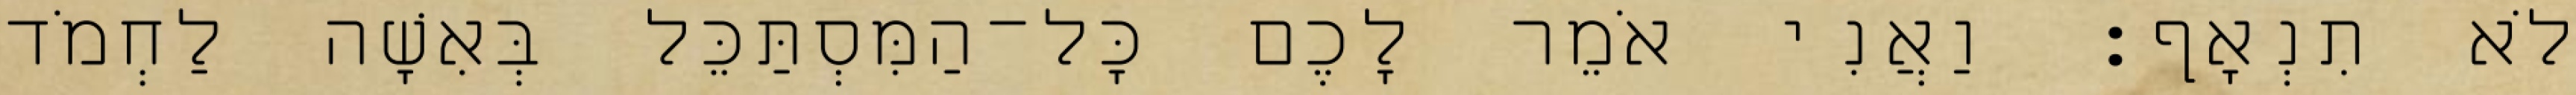
לֹא תִנְאָף׃ וַאֲנִי אֹמֵר לָכֶם כָּל־הַמִּסְתַּכֵּל בְּאִשָׁה לַחְמֹד